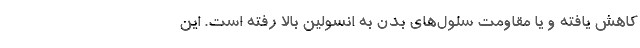
کاهش یافته و یا مقاومت سلول‌های بدن به انسولین بالا رفته است. این